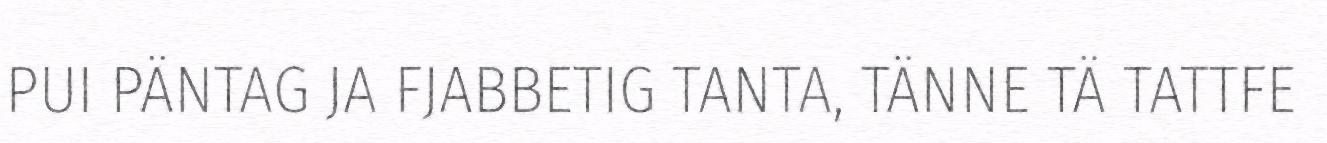
PUI PÄNTAG JA FJABBETIG TANTA, TÄNNE TÄ TATTFE